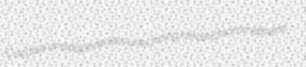
Cocalus unadaptiveness unechoing nitrotrichloromethane